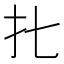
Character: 𰒷